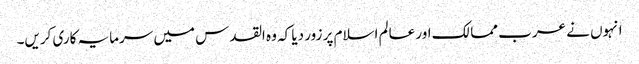
انہوں نے عرب ممالک اور عالم اسلام پر زور دیا کہ وہ القدس میں سرمایہ کاری کریں۔